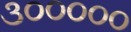
૩૦૦૦૦૦